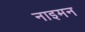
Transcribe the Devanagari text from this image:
नाइमन